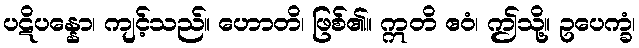
ပဋိပန္နော၊ ကျင့်သည်။ ဟောတိ၊ ဖြစ်၏။ ဣတိ ဧဝံ၊ ဤသို့။ ဥပေက္ခံ၊